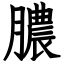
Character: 膿